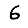
Digit: 6